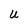
Character: U